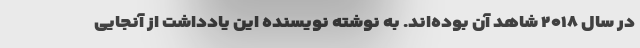
در سال ۲۰۱۸ شاهد آن بوده‌اند. به نوشته نویسنده این یادداشت از آنجایی